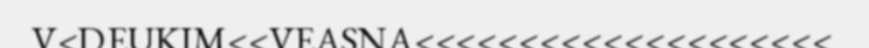
V<DEUKIM<<VEASNA<<<<<<<<<<<<<<<<<<<<